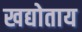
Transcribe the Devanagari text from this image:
खद्योताय